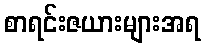
စာရင်းဇယားများအရ